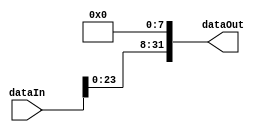
module shiftLby8(dataIn, dataOut);

	input[31:0] dataIn;
	output[31:0] dataOut;
	
	genvar c;
	generate
		for(c=23; c>=0; c = c - 1) begin: shiftLoop1
			and	genAnd1(dataOut[c+8], dataIn[c], dataIn[c]);			
		end
	endgenerate
	
	generate
		for(c=0; c<8; c = c + 1) begin: shiftLoop2
			and	genAnd2(dataOut[c], dataIn[c], 1'b0);	// Places zeros wherever data was
		end
	endgenerate
	
endmodule